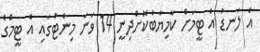
އެ ލަނޑު އެ ޓީމަށް ކާމިޔާބުކޮށްދިނީ 14 ވަނަ މިނެޓުގައި އެ ޓީމްގެ